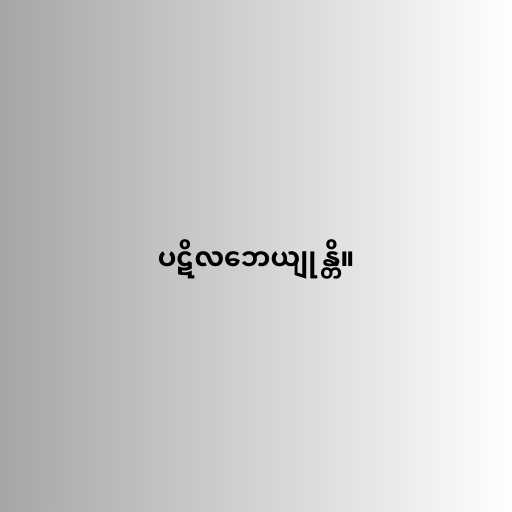
ပဋိလဘေယျုန္တိ။